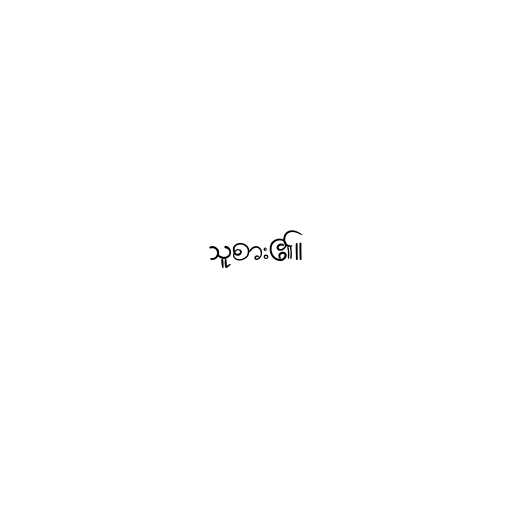
သူစား၏။